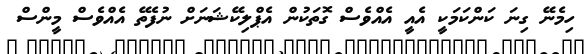
ހިމެނޭ ގިނަ ކަންކަމަކީ އެއީ އެއްވެސް ގޮތަކުން އެޕްލިކޭޝަނަށް ނުފެތޭ އެއްވެސް މީންސް